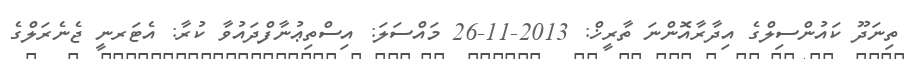
ތިނަދޫ ކައުންސިލްގެ އިދާރާއޮންނަ ތާރީޚް: 2013-11-26 މައްސަލަ: އިސްތިޢުނާފްދައުވާ ކުރާ: އެޓަރނީ ޖެނެރަލްގެ